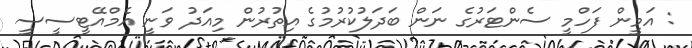
: އަމީން ފަހްމީ ސެންޓަރުގެ ނަން ބަދަލުކުރުމުގެ އިތުރުން މިއަދު ވަނީ އެމްއޭޓީސީސީ